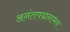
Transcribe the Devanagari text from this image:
अनंतपद्मनाभन